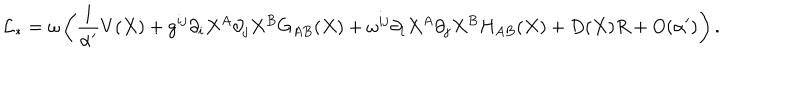
{ \cal L } _ { \ast } = \omega \left( \frac 1 { \alpha ^ { \prime } } V ( X ) + g ^ { i j } \partial _ { i } X ^ { A } \partial _ { j } X ^ { B } G _ { A B } ( X ) + \omega ^ { i j } \partial _ { i } X ^ { A } \partial _ { j } X ^ { B } H _ { A B } ( X ) + D ( X ) R + O ( \alpha ^ { \prime } ) \right) .